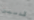
قدمين